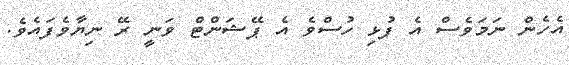
އެހެން ނަމަވެސް އެ ފުޅި ހުސްވެ އެ ޕޭޝަންޓް ވަނީ ރޭ ނިޔާވެފައެވެ.